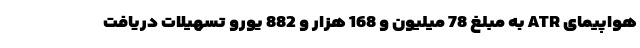
هواپیمای ATR به مبلغ 78 میلیون و 168 هزار و 882 یورو تسهیلات دریافت